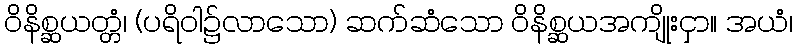
ဝိနိစ္ဆယတ္တံ၊ (ပရိဝါ၌လာသော) ဆက်ဆံသော ဝိနိစ္ဆယအကျိုးငှာ။ အယံ၊